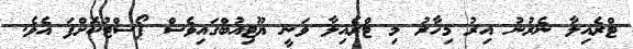
ޓްރެއިލާ ނެރުނު އިރު މިހާރު މި ޓްރެއިލާ ވަނީ ޔޫޓިއުބްގައިވެސް ޕޯސްޓުކޮށްފަ އެވެ.